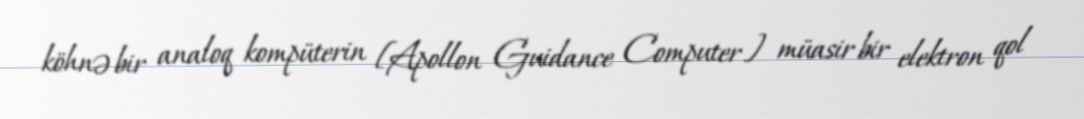
köhnə bir analoq kompüterin [Apollon Guidance Computer] müasir bir elektron qol